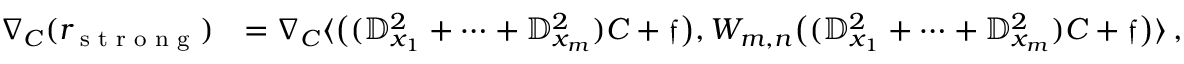
\begin{array} { r l } { \nabla _ { C } ( r _ { \textrm { s t r o n g } } ) } & { = \nabla _ { C } \langle \big ( ( \mathbb { D } _ { x _ { 1 } } ^ { 2 } + \cdots + \mathbb { D } _ { x _ { m } } ^ { 2 } ) C + \mathfrak { f } \big ) , W _ { m , n } \big ( ( \mathbb { D } _ { x _ { 1 } } ^ { 2 } + \cdots + \mathbb { D } _ { x _ { m } } ^ { 2 } ) C + \mathfrak { f } \big ) \rangle \, , } \end{array}